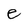
Character: e